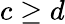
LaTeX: c\geq d